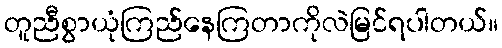
တူညီစွာယုံကြည်နေကြတာကိုလဲမြင်ရပါတယ်။